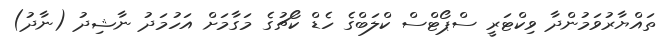
ތައްޔާރުވަމުންދާ ވިކްޓަރީ ސްޕޯޓްސް ކްލަބްގެ ހެޑް ކޯޗުގެ މަގާމަށް އަހުމަދު ނާޝިދު (ނާދު)